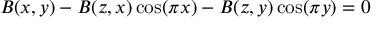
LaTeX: B ( x , y ) - B ( z , x ) \cos ( \pi x ) - B ( z , y ) \cos ( \pi y ) = 0